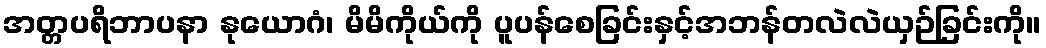
အတ္တပရိဘာပနာ နုယောဂံ၊ မိမိကိုယ်ကို ပူပန်စေခြင်းနှင့်အဘန်တလဲလဲယှဉ်ခြင်းကို။